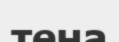
тена